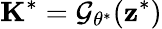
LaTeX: \mathbf{K}^{\ast}=\mathcal{G}_{\theta^{\ast}}(\mathbf{z}^{\ast})